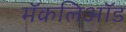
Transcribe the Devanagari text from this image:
मॅकलिऑड